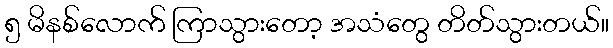
၅ မိနစ်လောက် ကြာသွားတော့ အသံတွေ တိတ်သွားတယ်။